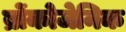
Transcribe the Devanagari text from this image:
ब्रोंकोजेनिक